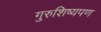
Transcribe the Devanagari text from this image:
गुरुशिष्यपण